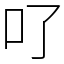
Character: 𠮩